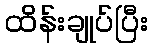
ထိန်းချုပ်ပြီး